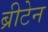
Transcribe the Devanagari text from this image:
ब्रीटेन